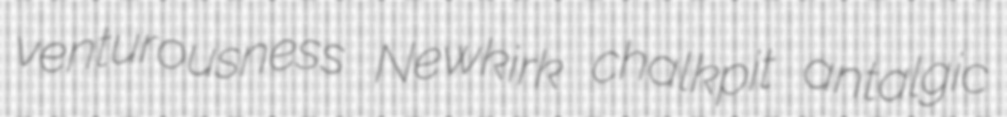
venturousness Newkirk chalkpit antalgic